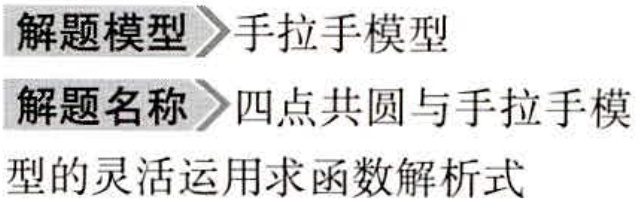
解题模型>手拉手模型

解题名称>四点共圆与手拉手模

型的灵活运用求函数解析式